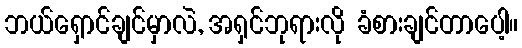
ဘယ်ရှောင်ချင်မှာလဲ, အရှင်ဘုရားလို ခံစားချင်တာပေါ့။